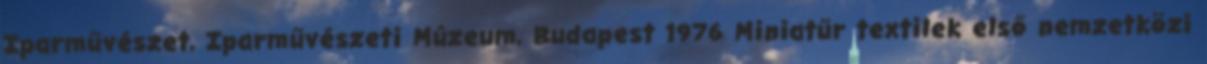
Iparművészet, Iparművészeti Múzeum, Budapest 1976 Miniatűr textilek első nemzetközi